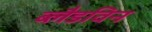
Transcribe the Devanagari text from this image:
ब्लैडविन